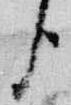
臣